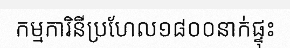
កម្មការិនីប្រហែល១៨០០នាក់ផ្ទុះ